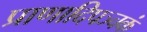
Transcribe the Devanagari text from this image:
प्राणादिपञ्चकं